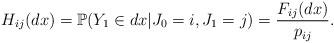
LaTeX: \begin{align*}H_{ij}(dx) = \mathbb{P}(Y_1\in{dx}|J_0=i, J_1=j) = \frac{F_{ij}(dx)}{p_{ij}}.\end{align*}